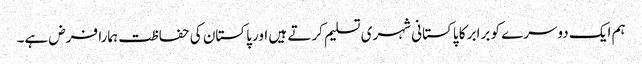
ہم ایک دوسرے کو برابر کا پاکستانی شہری تسلیم کرتے ہیں اور پاکستان کی حفاظت ہمارا فرض ہے۔